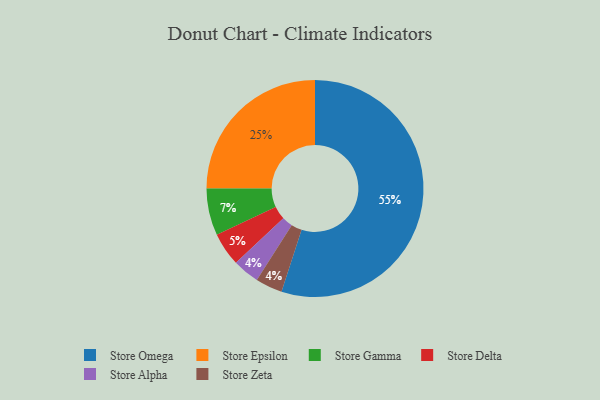
{"axis": {"x": "Category", "y": "Percentage"}, "legend": ["Store Alpha", "Store Delta", "Store Epsilon", "Store Gamma", "Store Omega", "Store Zeta"], "data": [{"x": "Store Alpha", "y": 4, "type": "Store Alpha"}, {"x": "Store Epsilon", "y": 25, "type": "Store Epsilon"}, {"x": "Store Gamma", "y": 7, "type": "Store Gamma"}, {"x": "Store Zeta", "y": 4, "type": "Store Zeta"}, {"x": "Store Delta", "y": 5, "type": "Store Delta"}, {"x": "Store Omega", "y": 55, "type": "Store Omega"}]}